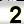
Digit: 2